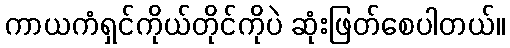
ကာယကံရှင်ကိုယ်တိုင်ကိုပဲ ဆုံးဖြတ်စေပါတယ်။